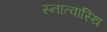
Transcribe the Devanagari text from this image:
स्नात्वास्थि